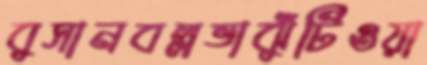
বুসানবল্লভাঝুঁটিওয়া